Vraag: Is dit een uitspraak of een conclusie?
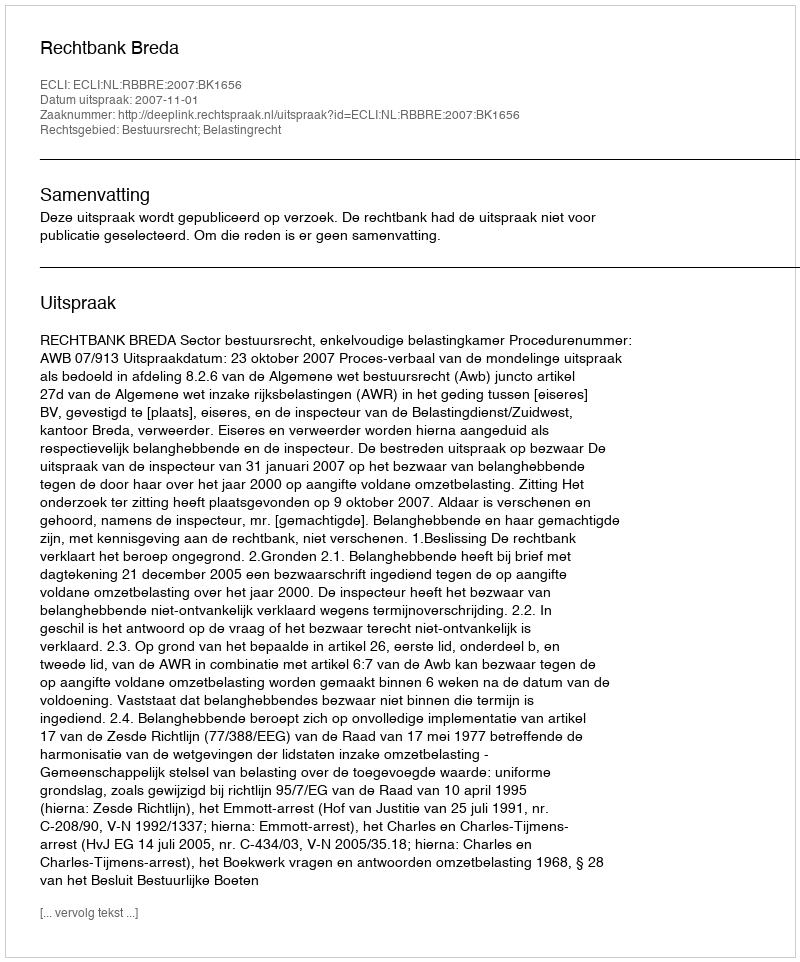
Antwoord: Uitspraak